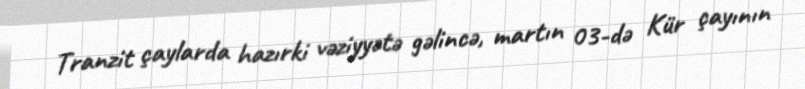
Tranzit çaylarda hazırki vəziyyətə gəlincə, martın 03-də Kür çayının